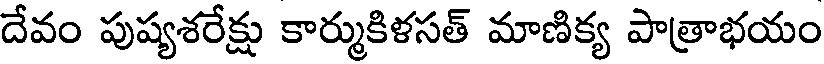
దేవం పుష్యశరేక్షు కార్ముకిళసత్ మాణిక్య పాత్రాభయం